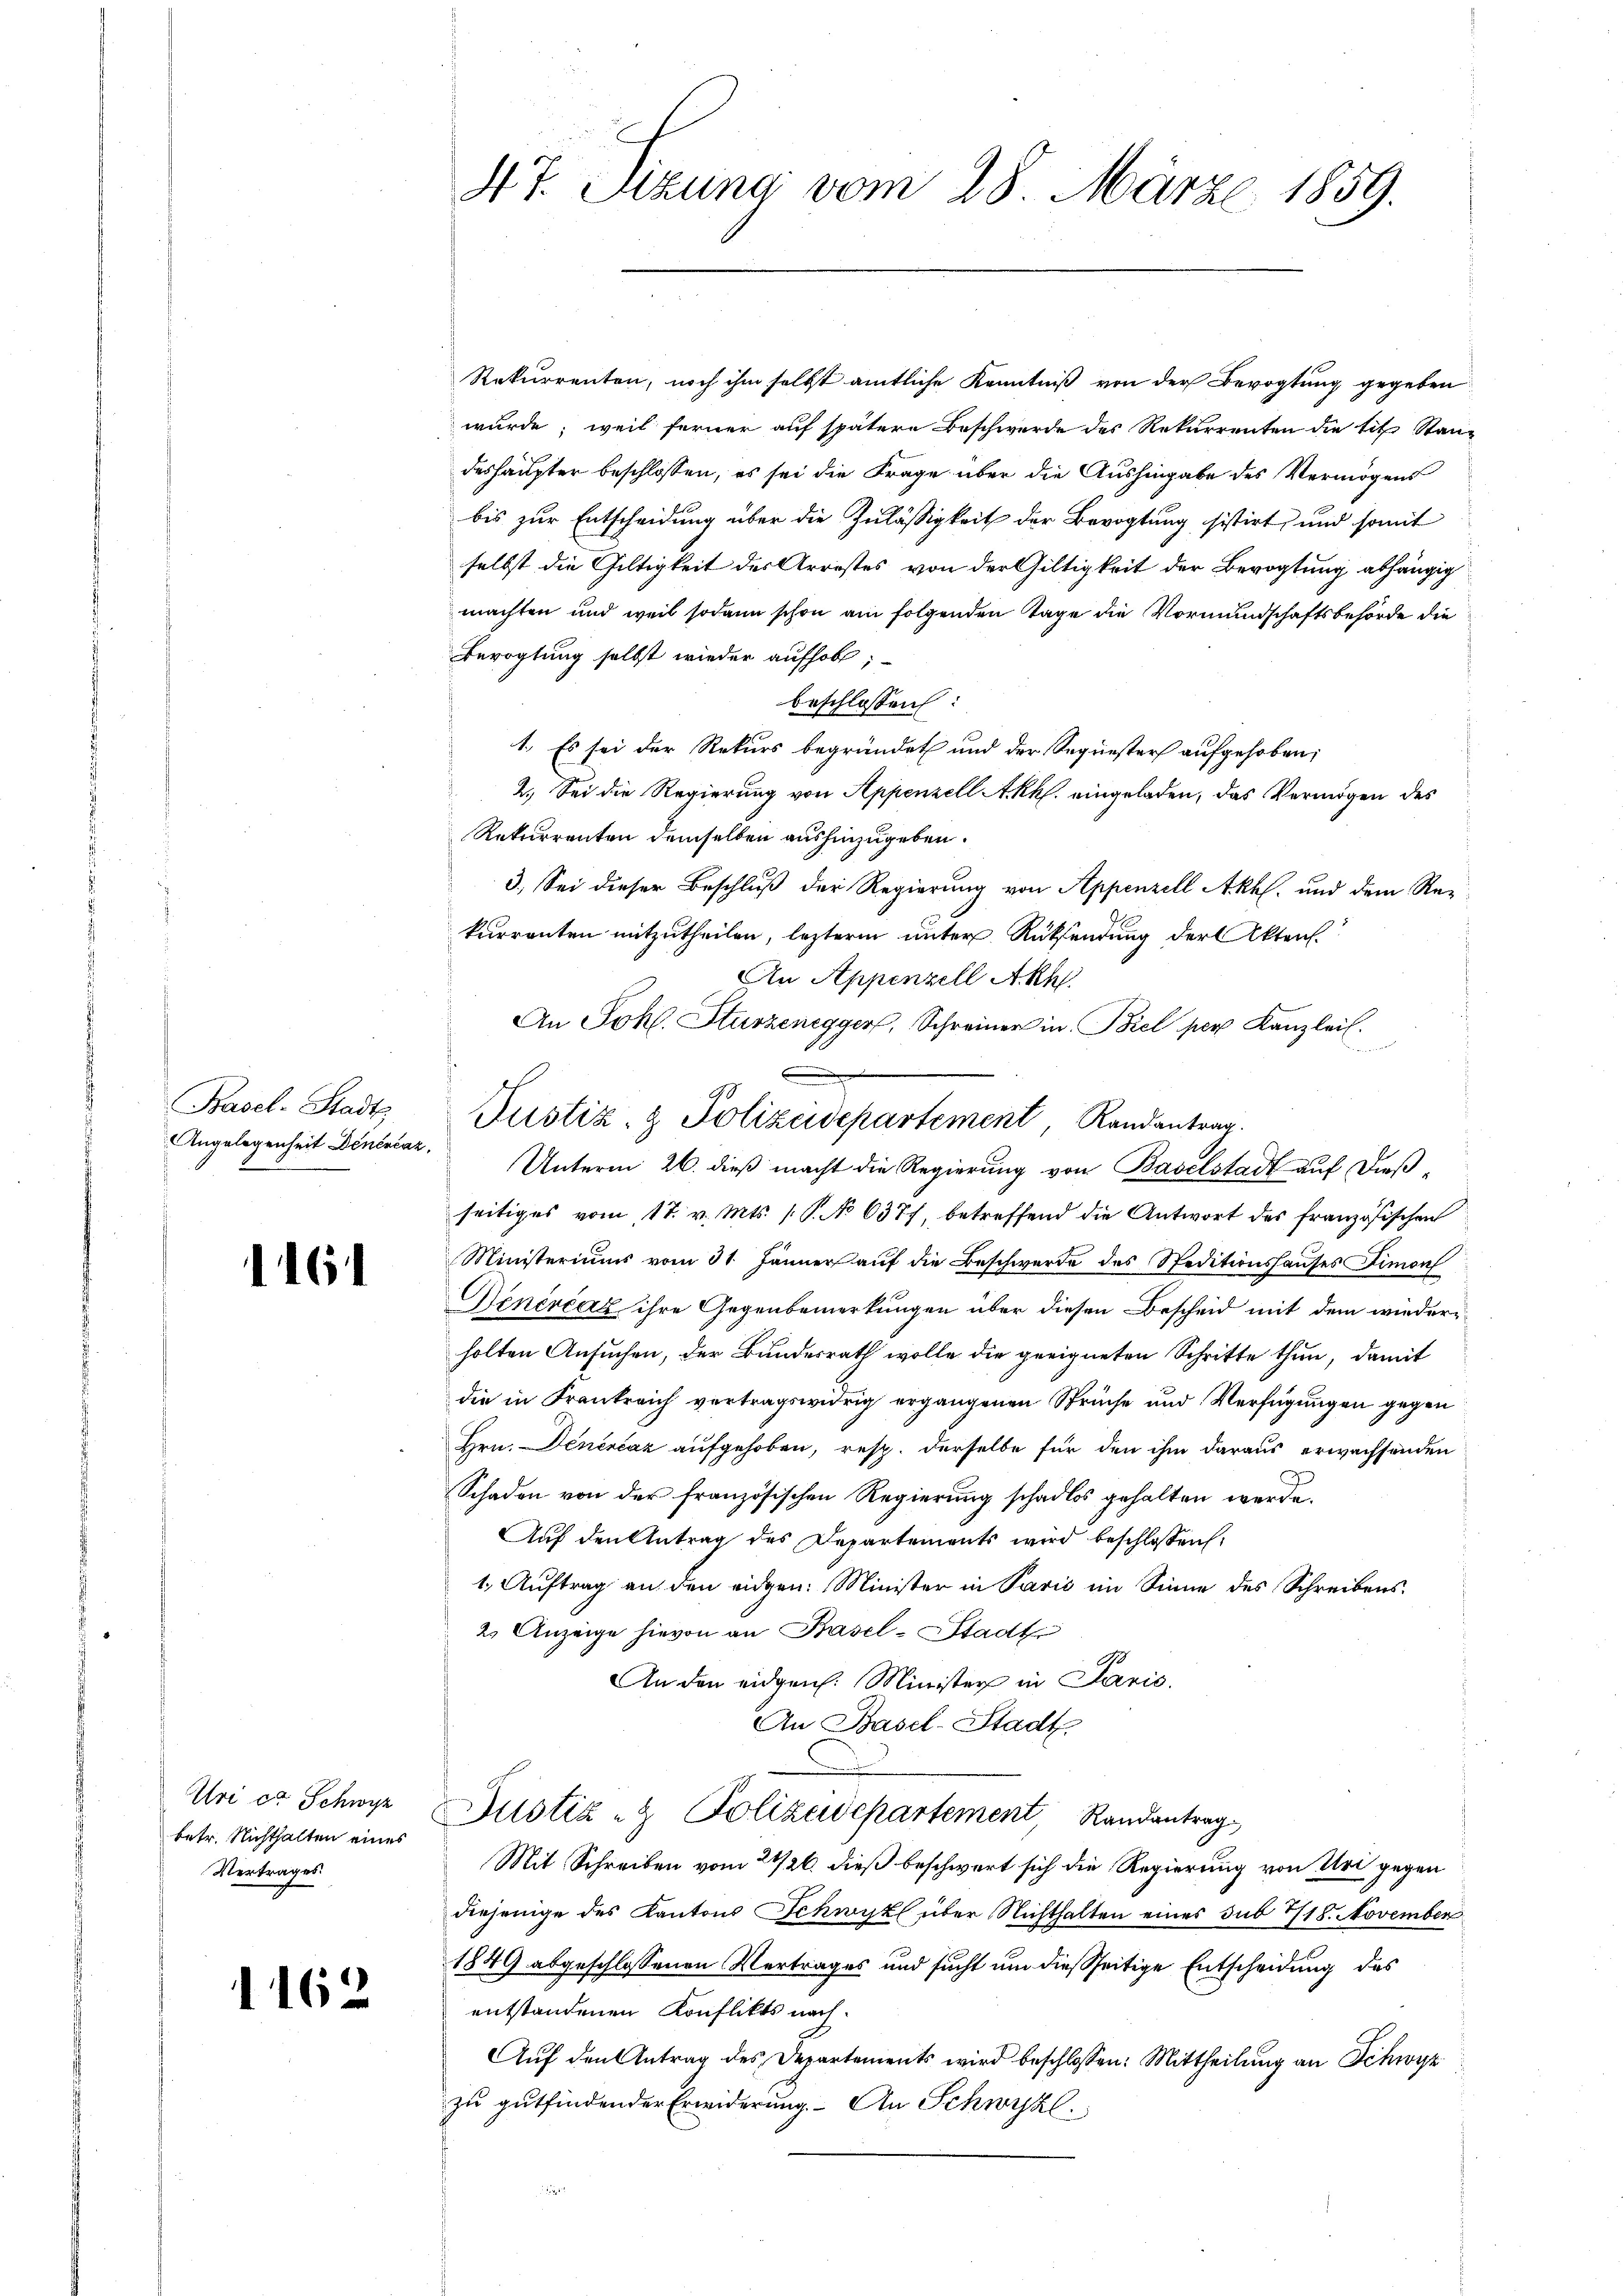
Basel-Stadts
Angelegenheit Dénénčaz.

1161

Uri et Schwyz
betr. Nichthalten eines
Vertrages.

1162

Rekurrenten, noch ihm selbst amtliche Kenntniß von der Bevogtung gegeben
wurde; weil ferner auf spätere Beschwerde des Rekurrenten die tit. Standeshaupter beschlossen, es sei die Frage über die Aushingabe des Vermögens
bis zur Entscheidung über die Zulässigkeit der Bevogtung sistirt, und somit
selbst die Gültigkeit des Arrestes von der Gültigkeit der Bevogtung abhängig
machten und weil sodann schon am folgenden Tage die Vormundschaftsbehörde die
Bevogtung selbst wieder aufholt;
beschlossen:
1. Es sei der Rekurs begründet und der Sequesters aufgehoben;
2. Sei die Regierung von Appenzell Akh. eingeladen, das Vermögen des
Rekurrenten demselben aushinzugeben.
3.) Sei dieser Beschluß der Regierung von Appenzell Akh. und dem Re-
kurrenten mitzutheilen, lezterm unter Rücksendung der Akten.
An Appenzell Akh.
An Johl. Sturzenegger, Schreiner in Biel per Kanzlei.
Unterm 26. dieß macht die Regierung von Baselstadt auf dießseitiges vom 17. v. Mts. P. No 6377, betreffend die Antwort des französischen
Ministeriums vom 31. Jänner auf die Beschwerde des Speditionshauses Simon
Menércaz ihre Gegenbemerkungen über diesen Bescheid mit dem wiederholten Ansuchen, der Bundesrath wolle die geeigneten Schritte thun, damit
die in Frankreich vertragswidrig ergangenen Sprüche und Verfügungen gegen
Hrn. Denenčaz aufgehoben, resp. derselbe für den ihm daraus erwachsenden
Schaden von der französischen Regierung schadlos gehalten werde.
Auf den Antrag des Departements wird beschlossen:
1. Auftrag an den eidgen. Minister in Parić im Sinne des Schreibens¬
2. Anzeige hievon an Basel-Stadtr
G
An den eidgen. Minister in Paris.
An Basel-Stadt
Justiz- & Polizeidepartement Randantrag
Mit Schreiben vom 21/26. dieß beschwert sich die Regierung von Uri gegen
diejenige des Kantons Schwyl über Nichthalten eines sub 7/18. November
1849 abgeschlossenen Vertrages und sucht um dießseitige Entscheidung des
entstandenen Konflikts nach
Aŭf den Antrag des Departements wird beschlossen: Mittheilung an Schwyz
zu gutfindender Erwiderung. An Schwyzl

47. Sizung vom 28. März 1859.

Justiz- & Polizeidepartement Randantrag.